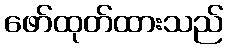
ဖော်ထုတ်ထားသည်